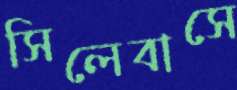
সিলেবাসে